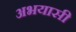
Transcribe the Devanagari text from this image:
अभयासी